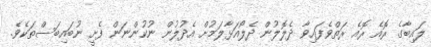
ލައިބާގެ ރޮއެ ރޮއެ ރަތްވެފައިވާ ދެލޮލުން ދެލޯއަޅާލަމުށް އެދުލުން ނުކުންނަން ފެށީ ނުބައިބަސްތަކެވެ.